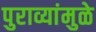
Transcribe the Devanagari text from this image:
पुराव्यांमुळे